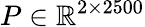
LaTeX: P\in\mathbb{R}^{2\times 2500}